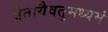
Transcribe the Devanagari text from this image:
प्रेतायैवतुमध्यमं